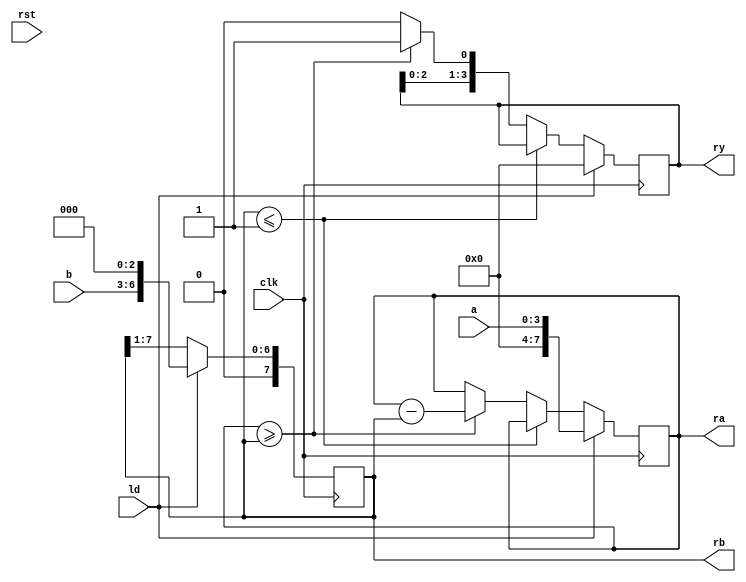
module div(clk, rst, ld, a, b, ra, rb, ry);
	input  clk;      /*  */
	input  rst;      /*  */
	input  ld;       /*  */
	input  [3:0] a;  /* () */
	input  [3:0] b;  /*  */
	output [7:0] ra; /*  */
	output [7:0] rb; /*  */
	output [3:0] ry; /*  */
	
	reg [7:0] ra;    /*  */
	reg [7:0] rb;    /*  */
	reg [3:0] ry;    /*  */
	wire [8:0] sub = {ra[7], ra} - {rb[7], rb};
	
	/*  */
	always@(posedge clk) begin
		if(ld == 1'b1) begin
			ra <= {4'b0000, a};
		end else if(rb <= 8'b00000001) begin
			ra <= ra;
		end else if(ra >= rb) begin
			ra <= ra - rb;
		end
	end

	always@(posedge clk) begin
		if(ld == 1'b1) begin
			rb <= {1'b0, b, 3'b000};
		end else begin
			rb <= {1'b0, rb[7:1]};
		end
	end

	always@(posedge clk) begin
		if(ld == 1'b1) begin
			ry <= 4'b0000;
		end else if(rb <= 8'b00000001) begin
			ry <= ry;
		end else if(ra >= rb) begin
			ry <= {ry[2:0], 1'b1};
		end else begin
			ry <= {ry[2:0], 1'b0};
		end
	end
	
	/*  */
endmodule